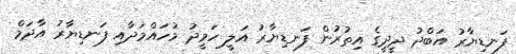
ފަނޑިޔާރު އަބްދު ދީދީގެ އިތުރުން ފަނޑިޔާރު އަލީ ހަމީދު މުހައްމަދާއި ފަނޑިޔާރު އާދަމް